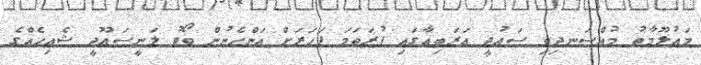
މައުލޫމާތު މުއްސަނދިވި ސައުދީ އަރަބިއާގައި ފުރަތަމަ ފަހަރަށް އަންހެނުން ވޯޓު ލަނީސައޫދީ ޝެއިހެއްގެ